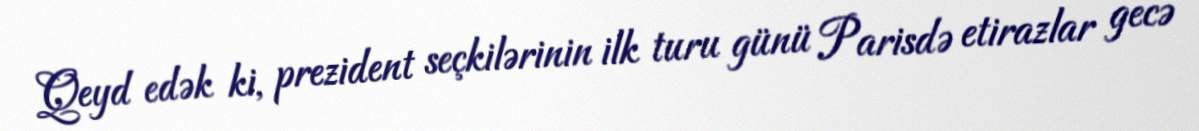
Qeyd edək ki, prezident seçkilərinin ilk turu günü Parisdə etirazlar gecə